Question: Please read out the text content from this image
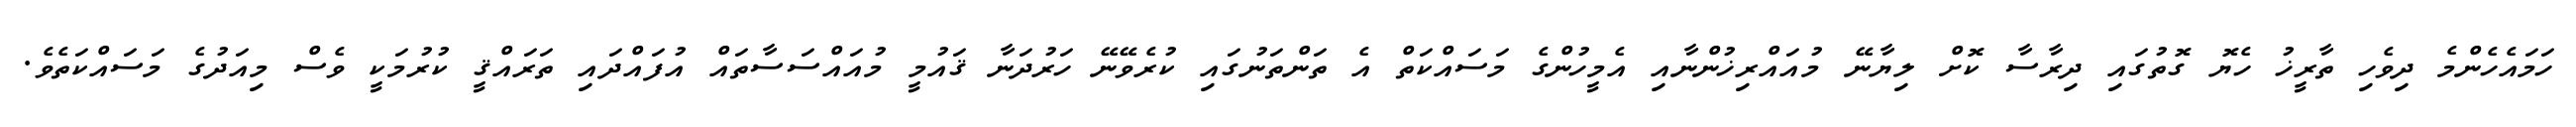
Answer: ހަމައެހެންމެ ދިވެހި ތާރީޚު ހެޔޮ ގޮތުގައި ދިރާސާ ކޮށް ލިޔާނޭ މުއައްރިޚުންނާއި އެމީހުންގެ މަސައްކަތް އެ ތަންތަނުގައި ކުރެވޭނޭ ހަރުދަނާ ޤައުމީ މުއައްސަސާތައް އުފައްދައި ތަރައްޤީ ކުރުމަކީ ވެސް މިއަދުގެ މަސައްކަތެވެ.